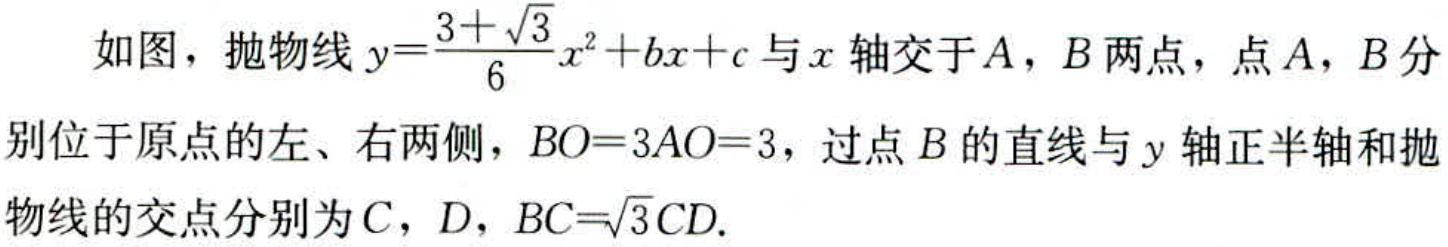
如图，抛物线\(y = \frac{3 + \sqrt{3}}{6}x^{2}+bx + c\)与\(x\)轴交于\(A\)，\(B\)两点，点\(A\)，\(B\)分别位于原点的左、右两侧，\(BO = 3AO = 3\)，过点\(B\)的直线与\(y\)轴正半轴和抛物线的交点分别为\(C\)，\(D\)，\(BC = \sqrt{3}CD\).